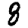
Digit: 8